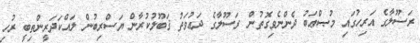
ރަސޫލާގެ އަރިހުގައި މުޞްޢަބު ދެންނެވިގޮތުން ރަސޫލާގެ ދަޢުވަތު ޤަބޫލުކުރާން ޔަސްރިބުން ލައްކަދަރީންތިބީ ރުހި